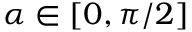
\alpha \in [ 0 , \pi / 2 ]